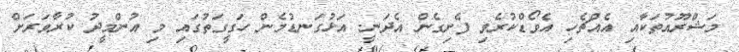
މަޝްރޫއުތަކާއި އެއްޗެހި އެވޯޑްކުރެވި ފެށިގެން އެދަނީ. އަޅުގަނޑުމެން ހަގީގަތުގައި މި އުންމީދު ކުރާވަރަށް